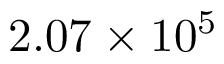
2 . 0 7 \times 1 0 ^ { 5 }